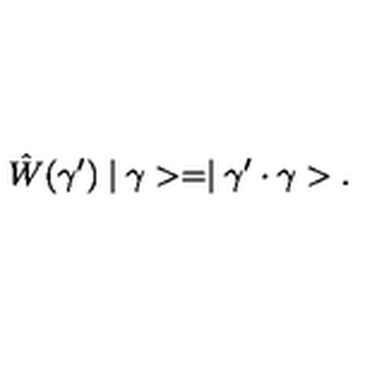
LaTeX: \hat { W } ( \gamma ^ { \prime } ) \mid \gamma > = \mid \gamma ^ { \prime } \cdot \gamma > .